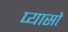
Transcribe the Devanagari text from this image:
प्यासों